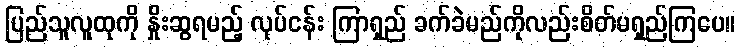
ပြည်သူလူထုကို နှိုးဆွရမည့် လုပ်ငန်း ကြာရှည် ခက်ခဲမည်ကိုလည်းစိတ်မရှည်ကြပေ။